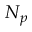
N _ { p }